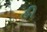
હી